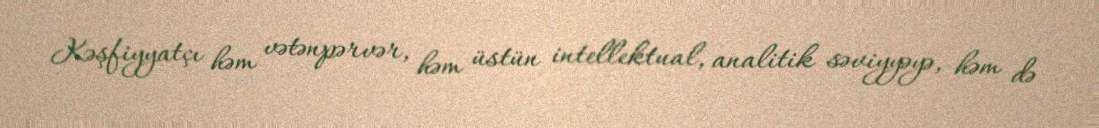
Kəşfiyyatçı həm vətənpərvər, həm üstün intellektual, analitik səviyyəyə, həm də